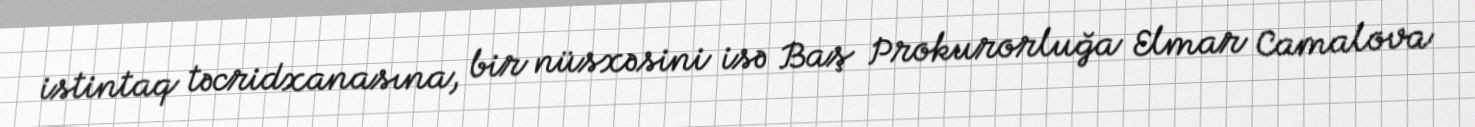
istintaq təcridxanasına, bir nüsxəsini isə Baş Prokurorluğa Elmar Camalova